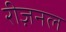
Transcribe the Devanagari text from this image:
रीज़नल